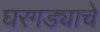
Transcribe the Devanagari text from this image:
घरगड्याचे